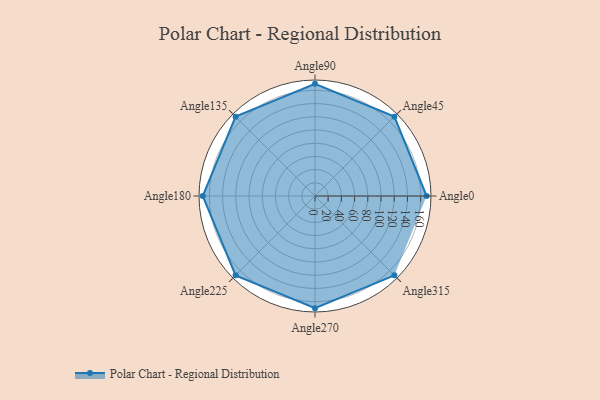
{"axis": {"x": "Angle", "y": "Radius"}, "legend": [""], "data": [{"x": "Angle0", "y": 169.0, "type": ""}, {"x": "Angle45", "y": 170, "type": ""}, {"x": "Angle90", "y": 170, "type": ""}, {"x": "Angle135", "y": 170, "type": ""}, {"x": "Angle180", "y": 170, "type": ""}, {"x": "Angle225", "y": 170, "type": ""}, {"x": "Angle270", "y": 170, "type": ""}, {"x": "Angle315", "y": 170, "type": ""}]}